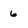
Character: 6